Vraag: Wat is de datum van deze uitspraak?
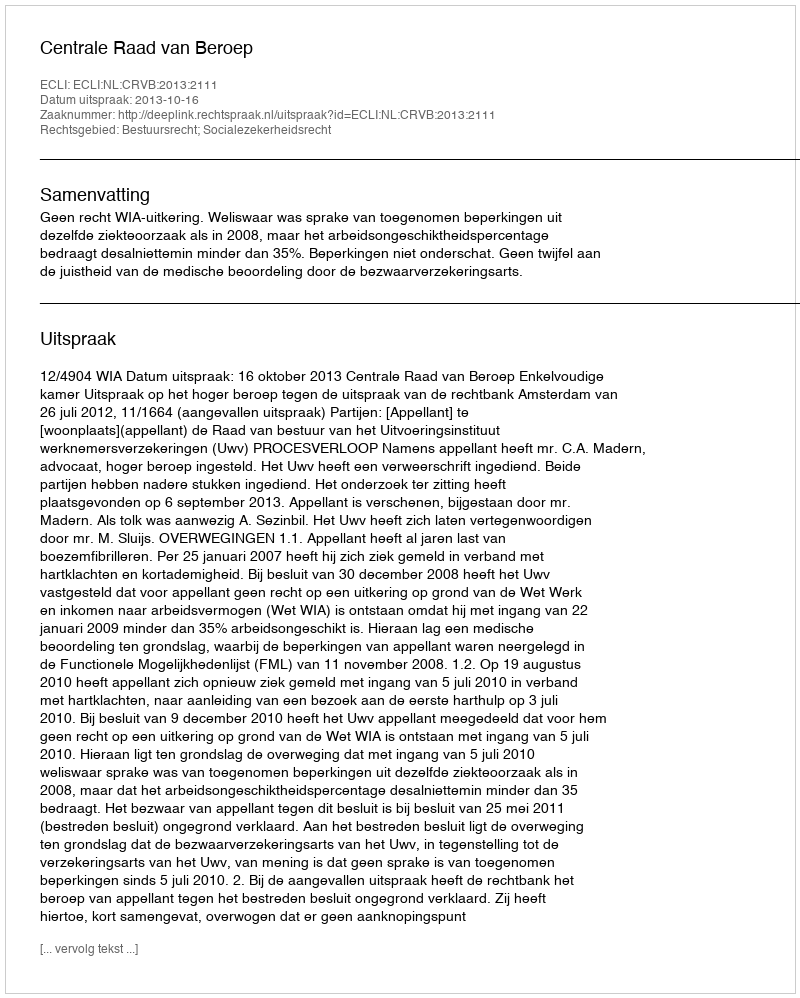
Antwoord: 2013-10-16